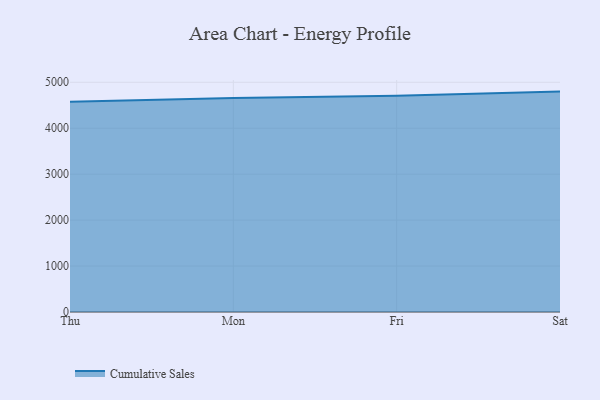
{"axis": {"x": "Day", "y": "Latency (ms)"}, "legend": ["Cumulative Sales"], "data": [{"x": "Thu", "y": 4575.7, "type": "Cumulative Sales"}, {"x": "Mon", "y": 4656.5, "type": "Cumulative Sales"}, {"x": "Fri", "y": 4708.9, "type": "Cumulative Sales"}, {"x": "Sat", "y": 4797.1, "type": "Cumulative Sales"}]}